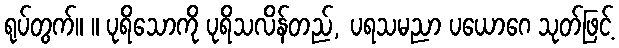
ရုပ်တွက်။ ။ ပုရိသောကို ပုရိသလိန်တည်, ပရသမညာ ပယောဂေ သုတ်ဖြင့်